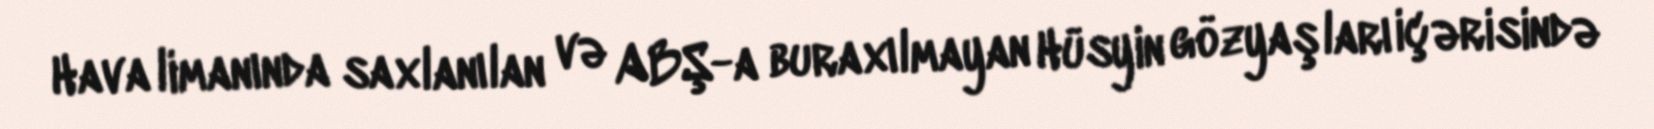
Hava limanında saxlanılan və ABŞ-a buraxılmayan Hüsyin gözyaşları içərisində